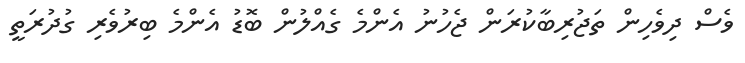
ވެސް ދިވެހިން ތަޖުރިބާކުރަން ޖެހުނު އެންމެ ގެއްލުން ބޮޑު އެންމެ ބިރުވެރި ގުދުރަތީ